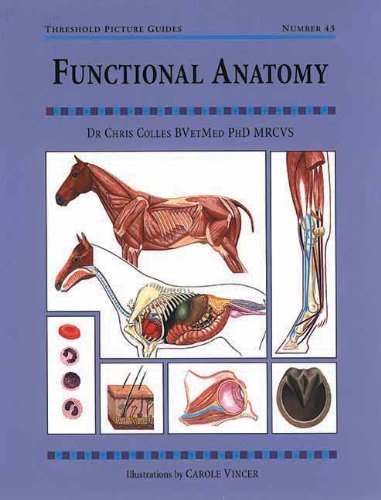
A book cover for Functional Anatomy: Threshold Picture Guide No 43 (Threshold Picture Guides); Chris Colles; Medical Books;